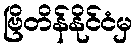
ဗြိတိန်နိုင်ငံမှ